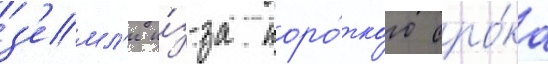
з'емл'и и́з-за коро́ткого сро́ка